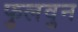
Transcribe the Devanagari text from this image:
फुलवुन